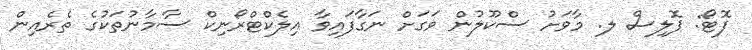
ފޮޓޯ: ޕޮލިސް ލ. މާވަށު ސްކޫލުން ވަގަށް ނަގާފައިވާ އިލެކްޓްރޯނިކް ސާމާނުތަކުގެ ތެރެއިން